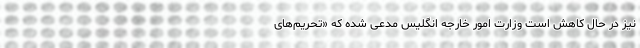
نیز در حال کاهش است وزارت امور خارجه انگلیس مدعی شده که «تحریم‌های